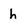
Character: h